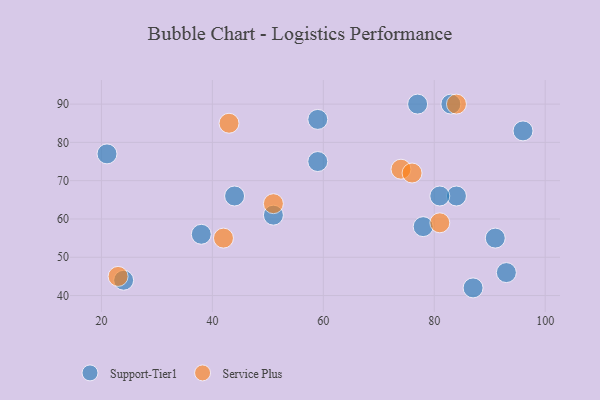
{"axis": {"x": "GDP", "y": "Life Expectancy"}, "legend": ["Service Plus", "Support-Tier1"], "data": [{"x": "44", "y": 66, "type": "Support-Tier1"}, {"x": "83", "y": 90, "type": "Support-Tier1"}, {"x": "77", "y": 90, "type": "Support-Tier1"}, {"x": "59", "y": 86, "type": "Support-Tier1"}, {"x": "51", "y": 61, "type": "Support-Tier1"}, {"x": "59", "y": 75, "type": "Support-Tier1"}, {"x": "91", "y": 55, "type": "Support-Tier1"}, {"x": "87", "y": 42, "type": "Support-Tier1"}, {"x": "21", "y": 77, "type": "Support-Tier1"}, {"x": "24", "y": 44, "type": "Support-Tier1"}, {"x": "38", "y": 56, "type": "Support-Tier1"}, {"x": "78", "y": 58, "type": "Support-Tier1"}, {"x": "93", "y": 46, "type": "Support-Tier1"}, {"x": "96", "y": 83, "type": "Support-Tier1"}, {"x": "84", "y": 66, "type": "Support-Tier1"}, {"x": "81", "y": 66, "type": "Support-Tier1"}, {"x": "43", "y": 85, "type": "Service Plus"}, {"x": "81", "y": 59, "type": "Service Plus"}, {"x": "23", "y": 45, "type": "Service Plus"}, {"x": "84", "y": 90, "type": "Service Plus"}, {"x": "74", "y": 73, "type": "Service Plus"}, {"x": "51", "y": 64, "type": "Service Plus"}, {"x": "76", "y": 72, "type": "Service Plus"}, {"x": "42", "y": 55, "type": "Service Plus"}]}